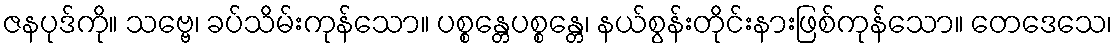
ဇနပုဒ်ကို။ သဗ္ဗေ၊ ခပ်သိမ်းကုန်သော။ ပစ္စန္တေပစ္စန္တေ၊ နယ်စွန်းတိုင်းနားဖြစ်ကုန်သော။ တေဒေသေ၊